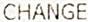
CHANGE